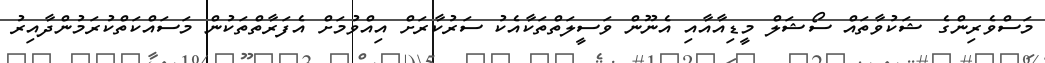
މަސްވެރިންގެ ޝަކުވާތައް ސޯޝަލް މީޑިއާއާއި އެނޫން ވަސީލަތްތަކާއެކު ސަރުކާރަށް އިއްވުމަށް އެފަރާތްތަކުން މަސައްކަތްކުރަމުންދާއިރު